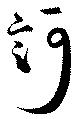
訶